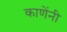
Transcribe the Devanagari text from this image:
काणेंनी